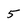
Character: 5